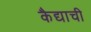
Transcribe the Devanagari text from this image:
कैद्याची